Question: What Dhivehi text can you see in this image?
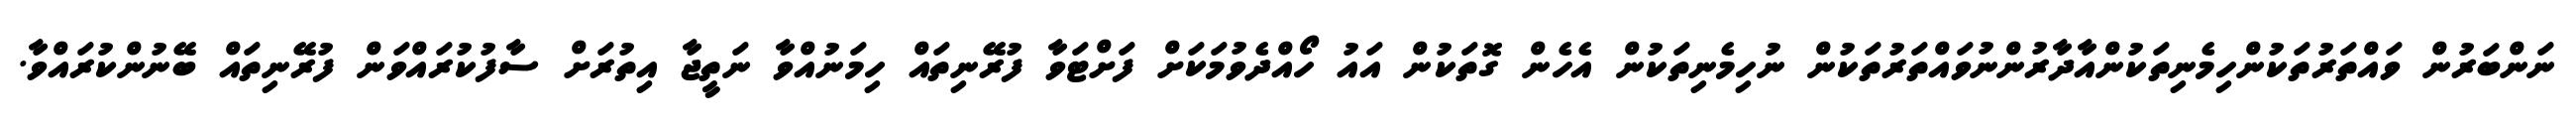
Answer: ނަންބަރުން ވައްތަރުތަކުންހިމެނިތަކުންއާދާރުންނުވައްތަރުތަކުން ނުހިމެނިތަކުން އެހެން ގޮތަކުން އައު ހޯއްދެވުމަކަށް ފަށްޓަވާ ފުރޭނިތައް ހިމަނުއްވާ ނަތީޖާ އިތުރަށް ސާފުކުރައްވަން ފުރޭނިތައް ބޭނުންކުރައްވާ.